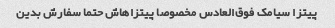
پیتزا سیامک فوق‌العادس مخصوصا پیتزاهاش حتما سفارش بدین